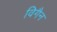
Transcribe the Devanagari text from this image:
विगैन